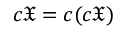
c { \mathfrak { X } } = c ( c { \mathfrak { X } } )